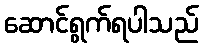
ဆောင်ရွက်ရပါသည်